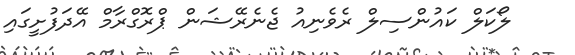
ލޯކަލް ކައުންސިލް ރެވެނިއު ޖެނެރޭޝަން ޕްރޮގްރާމް އޭދަފުށީގައި